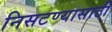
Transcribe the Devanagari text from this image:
निसटण्यासाठी